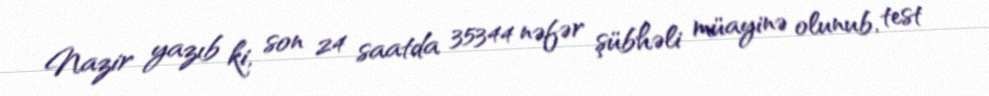
Nazir yazıb ki, son 24 saatda 35344 nəfər şübhəli müayinə olunub, test